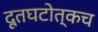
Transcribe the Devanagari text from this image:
दूतघटोत्कच